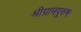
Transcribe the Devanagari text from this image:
श्रीग्रामपुरुष